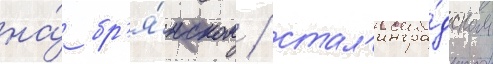
на́ бр'я́нском / стал'ингра́дском